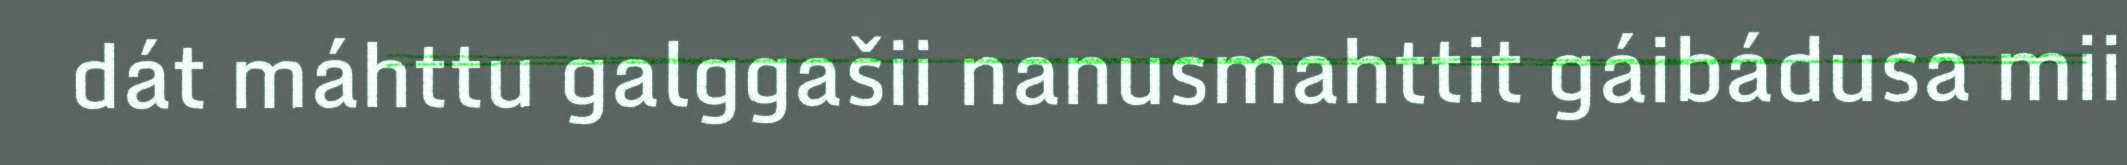
dát máhttu galggašii nanusmahttit gáibádusa mii